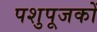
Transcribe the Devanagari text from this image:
पशुपूजकों